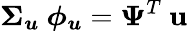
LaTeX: \boldsymbol{\Sigma_{u}}\ \boldsymbol{\phi_{u}}=\boldsymbol{\Psi}^{T}\ \textbf{u}